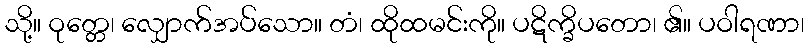
သို့။ ဝုတ္တေ၊ လျှောက်အပ်သော။ တံ၊ ထိုထမင်းကို။ ပဋိက္ခိပတော၊ ၏။ ပဝါရဏာ၊